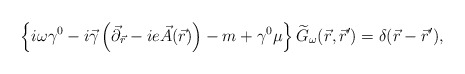
\begin{align*}\left\{ i\omega\gamma^{0}-i\vec{\gamma}\left(\vec{\partial}_{\vec{r}}-ie\vec{A}(\vec{r}) \right)-m +\gamma^{0}\mu \right\}\widetilde{G}_{\omega}(\vec{r},\vec{r}')=\delta (\vec{r}-\vec{r}'),\end{align*}